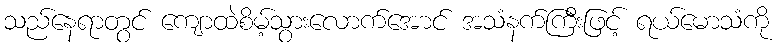
သည်နေရာတွင် ကျောထဲစိမ့်သွားလောက်အောင် အသံနက်ကြီးဖြင့် ရယ်မောသံကို